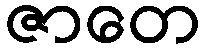
ဇာတေ